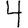
Digit: 4